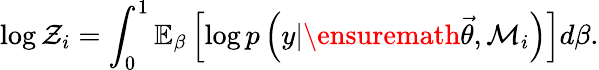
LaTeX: \log\mathcal{Z}_{i}=\int_{0}^{1}\mathbb{E}_{\beta}\left[\log p\left(y\vert\ensuremath{\vec{\theta}},\mathcal{M}_{i}\right)\right]d\beta.